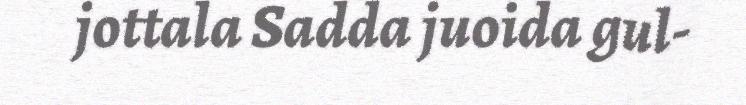
jottala Sadda juoida gul-